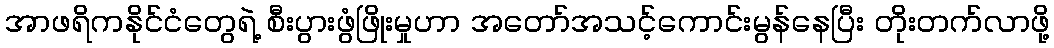
အာဖရိကနိုင်ငံတွေရဲ့ စီးပွားဖွံဖြိုးမှုဟာ အတော်အသင့်ကောင်းမွန်နေပြီး တိုးတက်လာဖို့